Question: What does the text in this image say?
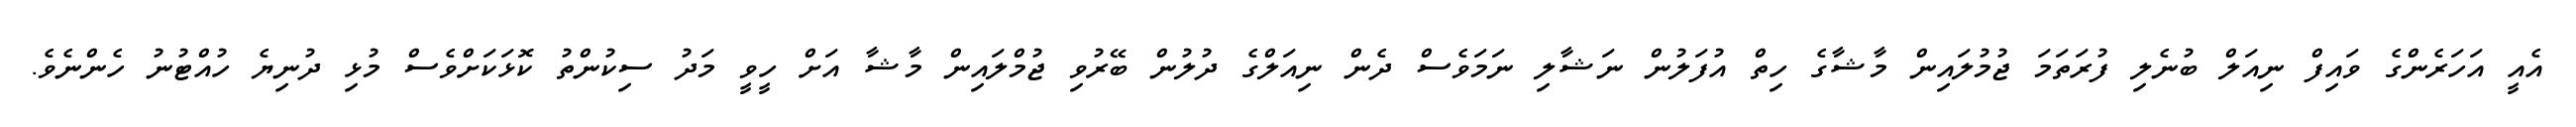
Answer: އެއީ އަހަރެންގެ ވައިފް ނިއަލް ބުނެލި ފުރަތަމަ ޖުމުލައިން މާޝާގެ ހިތް އުފަލުން ނަޝާލި ނަމަވެސް ދެން ނިއަލްގެ ދުލުން ބޭރުވި ޖުމްލައިން މާޝާ އަށް ހީވީ މަދު ސިކުންތު ކޮޅަކަށްވެސް މުޅި ދުނިޔެ ހުއްޓުނު ހެންނެވެ.